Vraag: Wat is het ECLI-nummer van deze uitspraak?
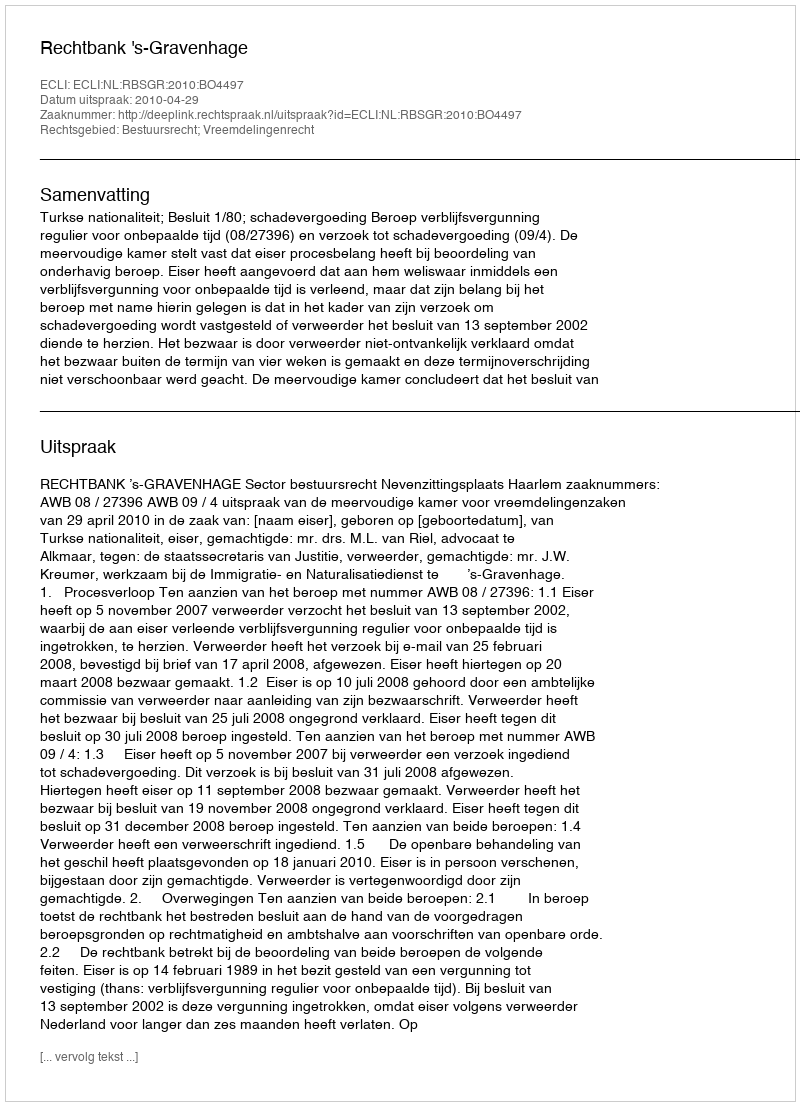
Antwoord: ECLI:NL:RBSGR:2010:BO4497